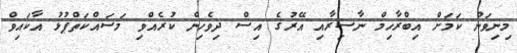
މިނިވަން ކަމަށް އިބްރާހިމް ނާސިރާއި އޭރުގެ އިސް ދިވެހިން ކުރެއްވި މަސައްކަތްޕުޅު އާކައިވް